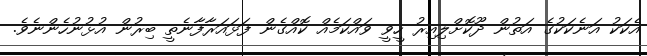
އެކަކު އަނެކަކުގެ އަތުން ދޫކޮށްލިއިރު ހީވީ ވައްކަމެއް ކޮއްގެން ފަޅައަރާފާނެތީ ބިރުން އުޅުނުހެންނެވެ.